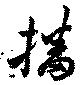
播